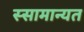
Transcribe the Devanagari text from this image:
स्सामान्यत